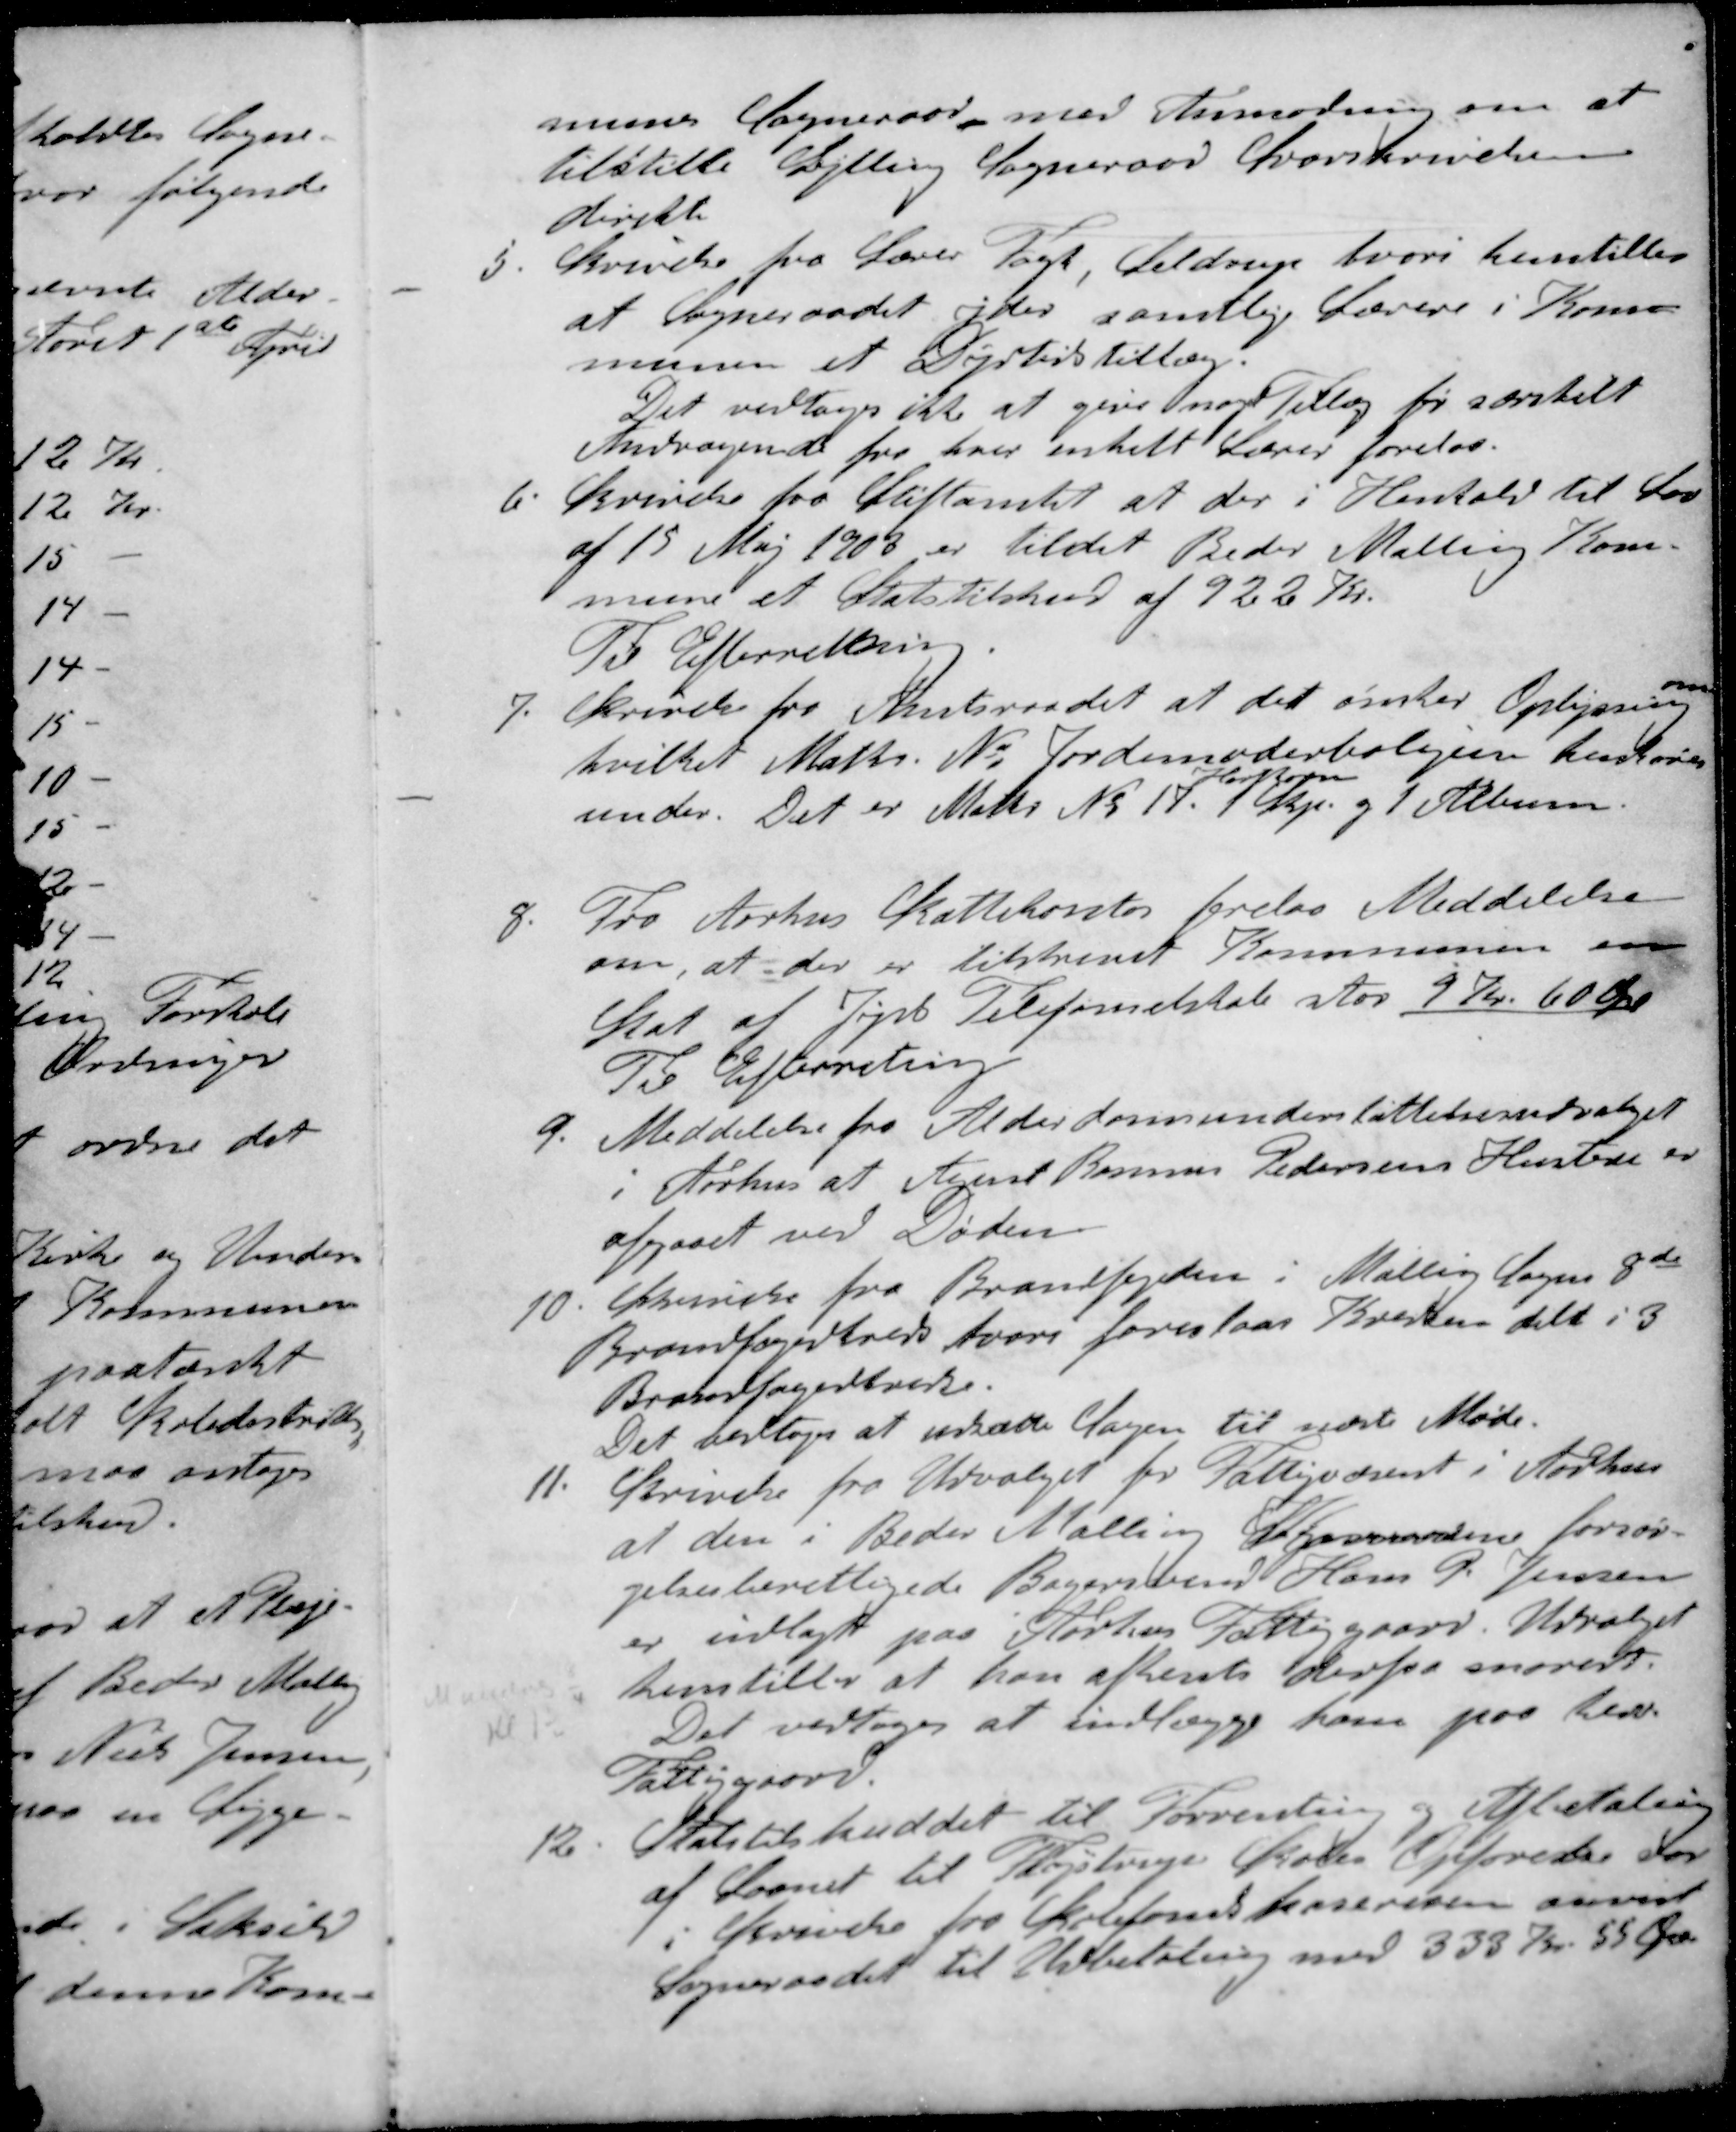
Transskription:
munes Sogneraad med Anmodning om at
tilstille Gylling Sogneraad Svarskrivelse
direkte
5. Skrivelse fra Lærer Fogt Seldrup hvori henstilles
at Sogneraadet yder samtlige Lærere i Kom-
munen et Dyrtidstillæg.
Det vedtoges ikke at give noget Tillæg før særskilt
Andragende fra hver enkelt Lærer forelaa.
6. Skrivelse fra Stiftamtet at der i Henhold til Lov
af 15 Maj 1903 er tildelt Beder Malling Kom-
mune et Statstilskud af 922 Kr.
Til Efterretning.
om
7. Skrivelse fra Amtsraadet at det ønsker Oplysning
hvilket Matr. N. Jordemoderboligen henhører
Hartkorn
under. Det er Matr No 17. 1 Skp. og 1 Album.
8. Fra Aarhus Skattekontor forelaa Meddelelse
om, at der er tilskrevet Kommunen en
Skat af Jysk Telefonselskab stor 9 Kr. 60 Øre
Til Efterretning
9. Meddelelse fra Alderdomsunderstøttelsesudvalget
i Århus at Agent Rasmus Pedersens Hustru er
afgaaet ved Døden
10. Skrivelse fra Brandfogeden i Malling Sogns 8de
Brandfogedkreds hvori foreslaas Kredsen delt i 3
Brandfogedkredse.
Det vedtoges at udsætte Sagen til næste Møde.
11. Skrivelse fra Udvalget for Fattigvæsent i Aarhus
at den i Beder Malling Sogneradene forsør-
gelsesberettigede Bagersvend Hans P. Jensen
er indlagt paa Aarhus Fattiggaard. Udvalget
henstiller at han afhentes derfra snarest.
Det vedtoges at indlægge ham paa herv.
Fattiggaard.
12 Statstilskuddet til Forrentning og Afbetaling
af Laanet til Fløjstrup Skoler Opførelse var
i Skrivelse fra Skolefondskassereren anvist
Sogneraadet til Udbetaling med 333 Kr. 55 Øre